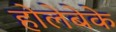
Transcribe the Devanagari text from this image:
होलेबेके